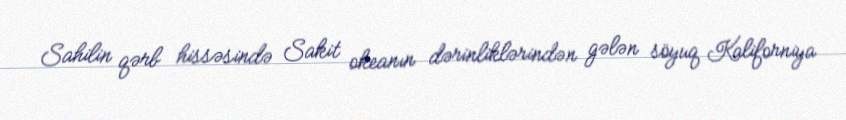
Sahilin qərb hissəsində Sakit okeanın dərinliklərindən gələn söyuq Kaliforniya